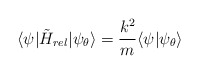
\begin{align*}\langle\psi|\tilde{H}_{rel}|\psi_{\theta}\rangle=\frac{k^2}{m}\langle\psi|\psi_{\theta}\rangle\end{align*}